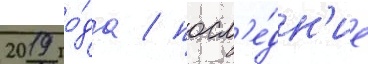
2019 го́да / посл'е́дн'ие